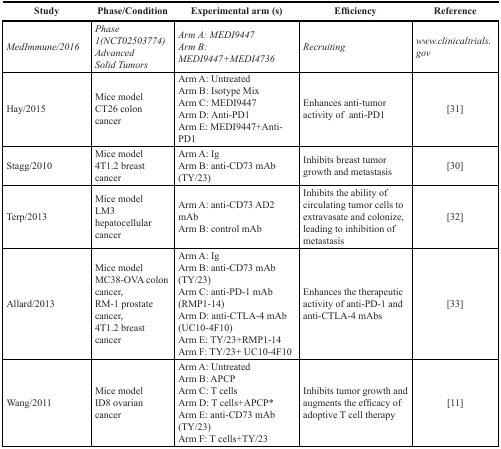
| Study | Phase/Condition | Experimental arm (s) | Efficiency | Reference |
 | MedImmune/2016 | Phase 1(NCT02503774) Advanced Solid Tumors | Arm A: MEDI9447Arm B: MEDI9447+MEDI4736 | Recruiting | www.clinicaltrials.gov |
 | --- | --- | --- | --- | --- |
 | Hay/2015 | Mice model CT26 colon cancer | Arm A: UntreatedArm B: Isotype MixArm C: MEDI9447Arm D: Anti-PD1Arm E: MEDI9447+Anti-PD1 | Enhances anti-tumor activity of anti-PD1 | [31] |
 | Stagg/2010 | Mice model4T1.2 breast cancer | Arm A: IgArm B: anti-CD73 mAb (TY/23) | Inhibits breast tumor growth and metastasis | [30] |
 | Terp/2013 | Mice modelLM3 hepatocellular cancer | Arm A: anti-CD73 AD2 mAbArm B: control mAb | Inhibits the ability of circulating tumor cells to extravasate and colonize, leading to inhibition of metastasis | [32] |
 | Allard/2013 | Mice modelMC38-OVA colon cancer,RM-1 prostate cancer,4T1.2 breast cancer | Arm A: IgArm B: anti-CD73 mAb (TY/23)Arm C: anti-PD-1 mAb (RMP1-14)Arm D: anti-CTLA-4 mAb (UC10-4F10)Arm E: TY/23+RMP1-14Arm F: TY/23+ UC10-4F10 | Enhances the therapeutic activity of anti-PD-1 and anti-CTLA-4 mAbs | [33] |
 | Wang/2011 | Mice modelID8 ovarian cancer | Arm A: UntreatedArm B: APCPArm C: T cellsArm D: T cells+APCP*Arm E: anti-CD73 mAb (TY/23)Arm F: T cells+TY/23 | Inhibits tumor growth and augments the efficacy of adoptive T cell therapy | [11] |